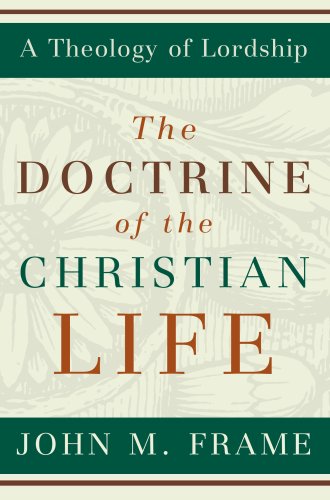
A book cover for The Doctrine of the Christian Life (A Theology of Lordship); John M. Frame; Christian Books & Bibles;